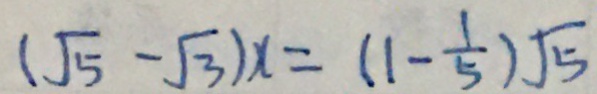
( \sqrt { 5 } - \sqrt { 3 } ) x = ( 1 - \frac { 1 } { 5 } ) \sqrt { 5 }